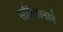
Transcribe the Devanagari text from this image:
सन्निधानाने